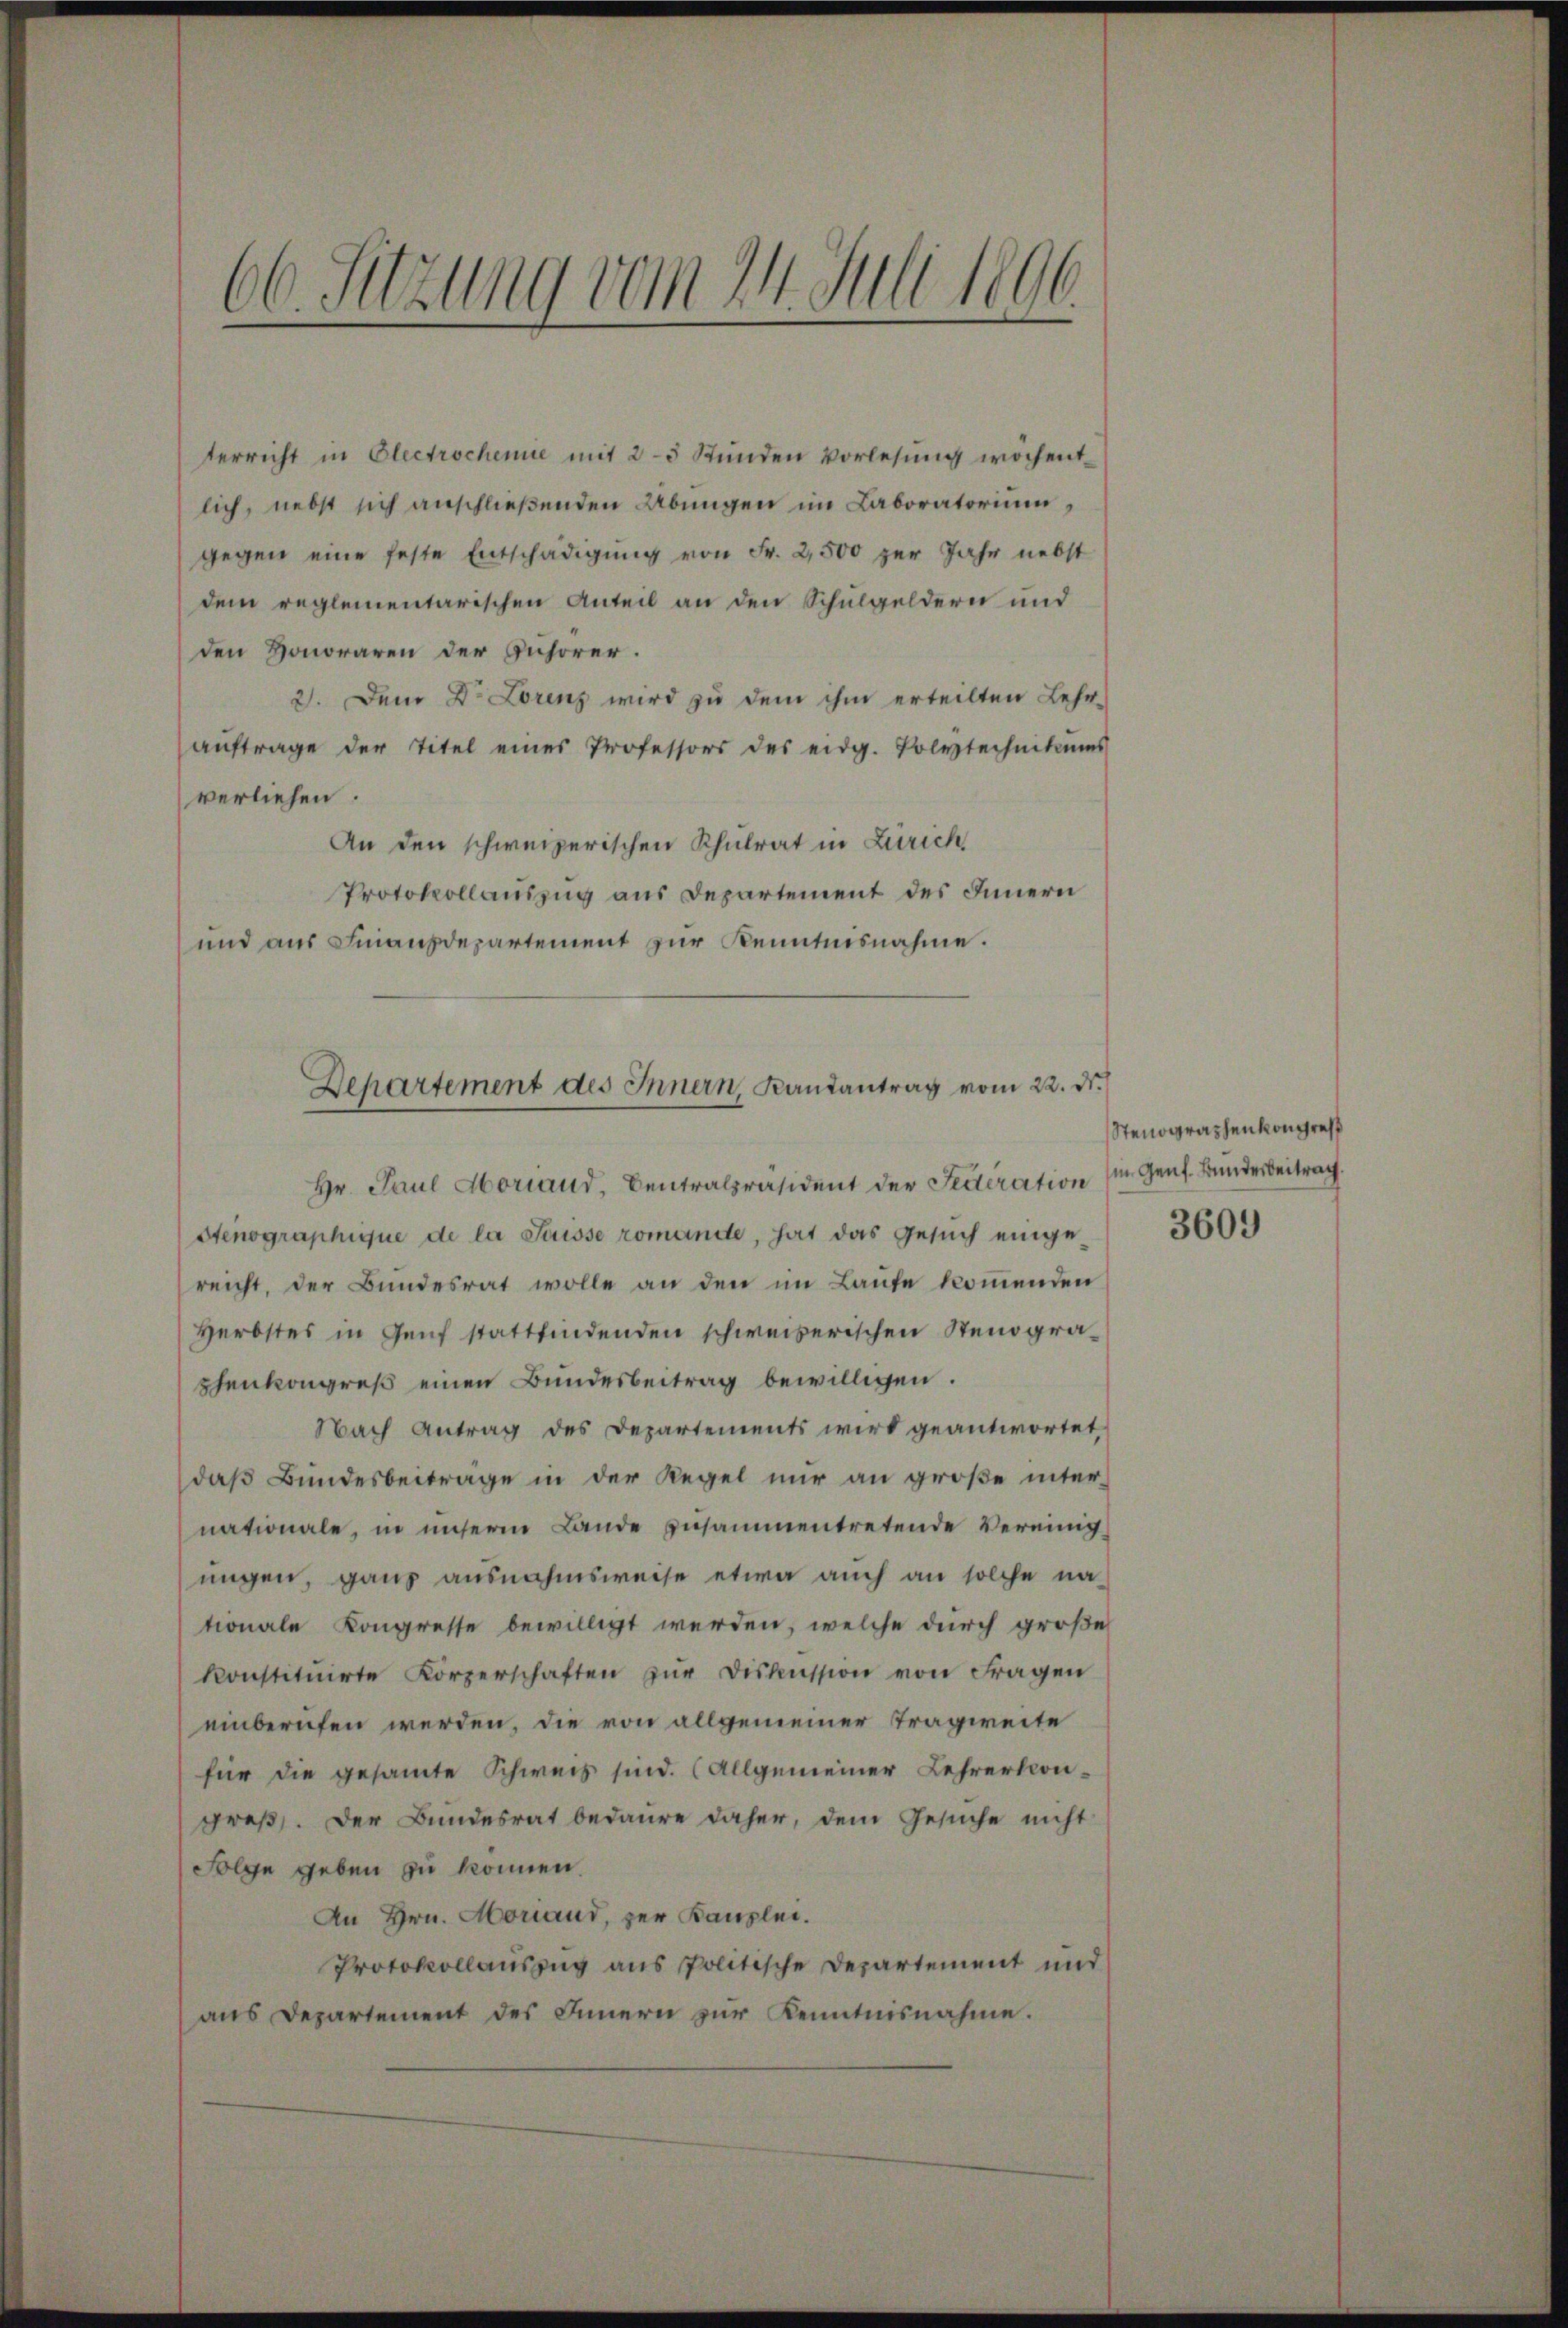
66. Sitzung vom 24. Juli 1896.

terricht in Electrochemie mit 2-3 Stunden Vorlesung wöchentlich, nebst sich anschließenden Übungen im Laboratorium,
gegen eine feste Entschädigung von Fr. 2,500 zur Jahr nebst
dem reglementarischen Anteil an den Schulgeldern und
den Honoraren der Zuhörer.
2. Dem Dr. Lorenz wird zu dem ihm erteilten Lehr-
aŭftrage der Titel eines Professors des eidg. Polytechnikums
verliehen.
An den schweizerischen Schulrat in Zürich
Protokollauszug aus Departement des Innern
und aus Finanzdepartement zur Kenntnisnahme.
Hr. Paul Horiand, Centralpräsident der Secteration
Stenographique de la Suisse romande, hat das Gesuch eingereicht, der Bundesrat wolle an den im Laufe kommenden
Herbstes in Genf stattfindenden schweizerischen Stenographenkongreß einen Bundesbeitrag bewilligen.
Nach Antrag des Departements wird geantwortet,
das Bundesbeitrage in der Regel nur an große inter-
nationale, in unserm Lande zusammentretende Vereinig
ungen, ganz ausnahmsweise etwa auch an solche na-
tionale Kongresse bewilligt werden, welche durch große
konstitŭirte Körperschaften zŭr Diskussion von Fragen
einberufen werden, die von allgemeiner Tragweite
für die gesamte Schweis sind. (Allgemeiner Lehrerkon-
groß. Der Bundesrat bedaure daher, dem Gesuche nicht
Folge geben zu können.
An Hrn. Morand, zur Kanzlei.
Protokollauszug aus politische Departement und
aus Departement des Innern zur Kenntnisnahme.

Departement des Innern, Landantrag vom 22. ds.

Stenographenkongreß
im Genf. Bunderbeitrag

3609